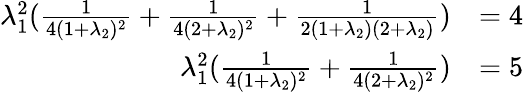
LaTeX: \begin{array}{rl}{\lambda_{1}^{2}(\frac{1}{4(1+\lambda_{2})^{2}}+\frac{1}{4(2+\lambda_{2})^{2}}+\frac{1}{2(1+\lambda_{2})(2+\lambda_{2})})}&{=4}\\ {\lambda_{1}^{2}(\frac{1}{4(1+\lambda_{2})^{2}}+\frac{1}{4(2+\lambda_{2})^{2}})}&{=5}\end{array}